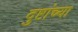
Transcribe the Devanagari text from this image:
दुष्टांच्या